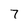
Character: 7